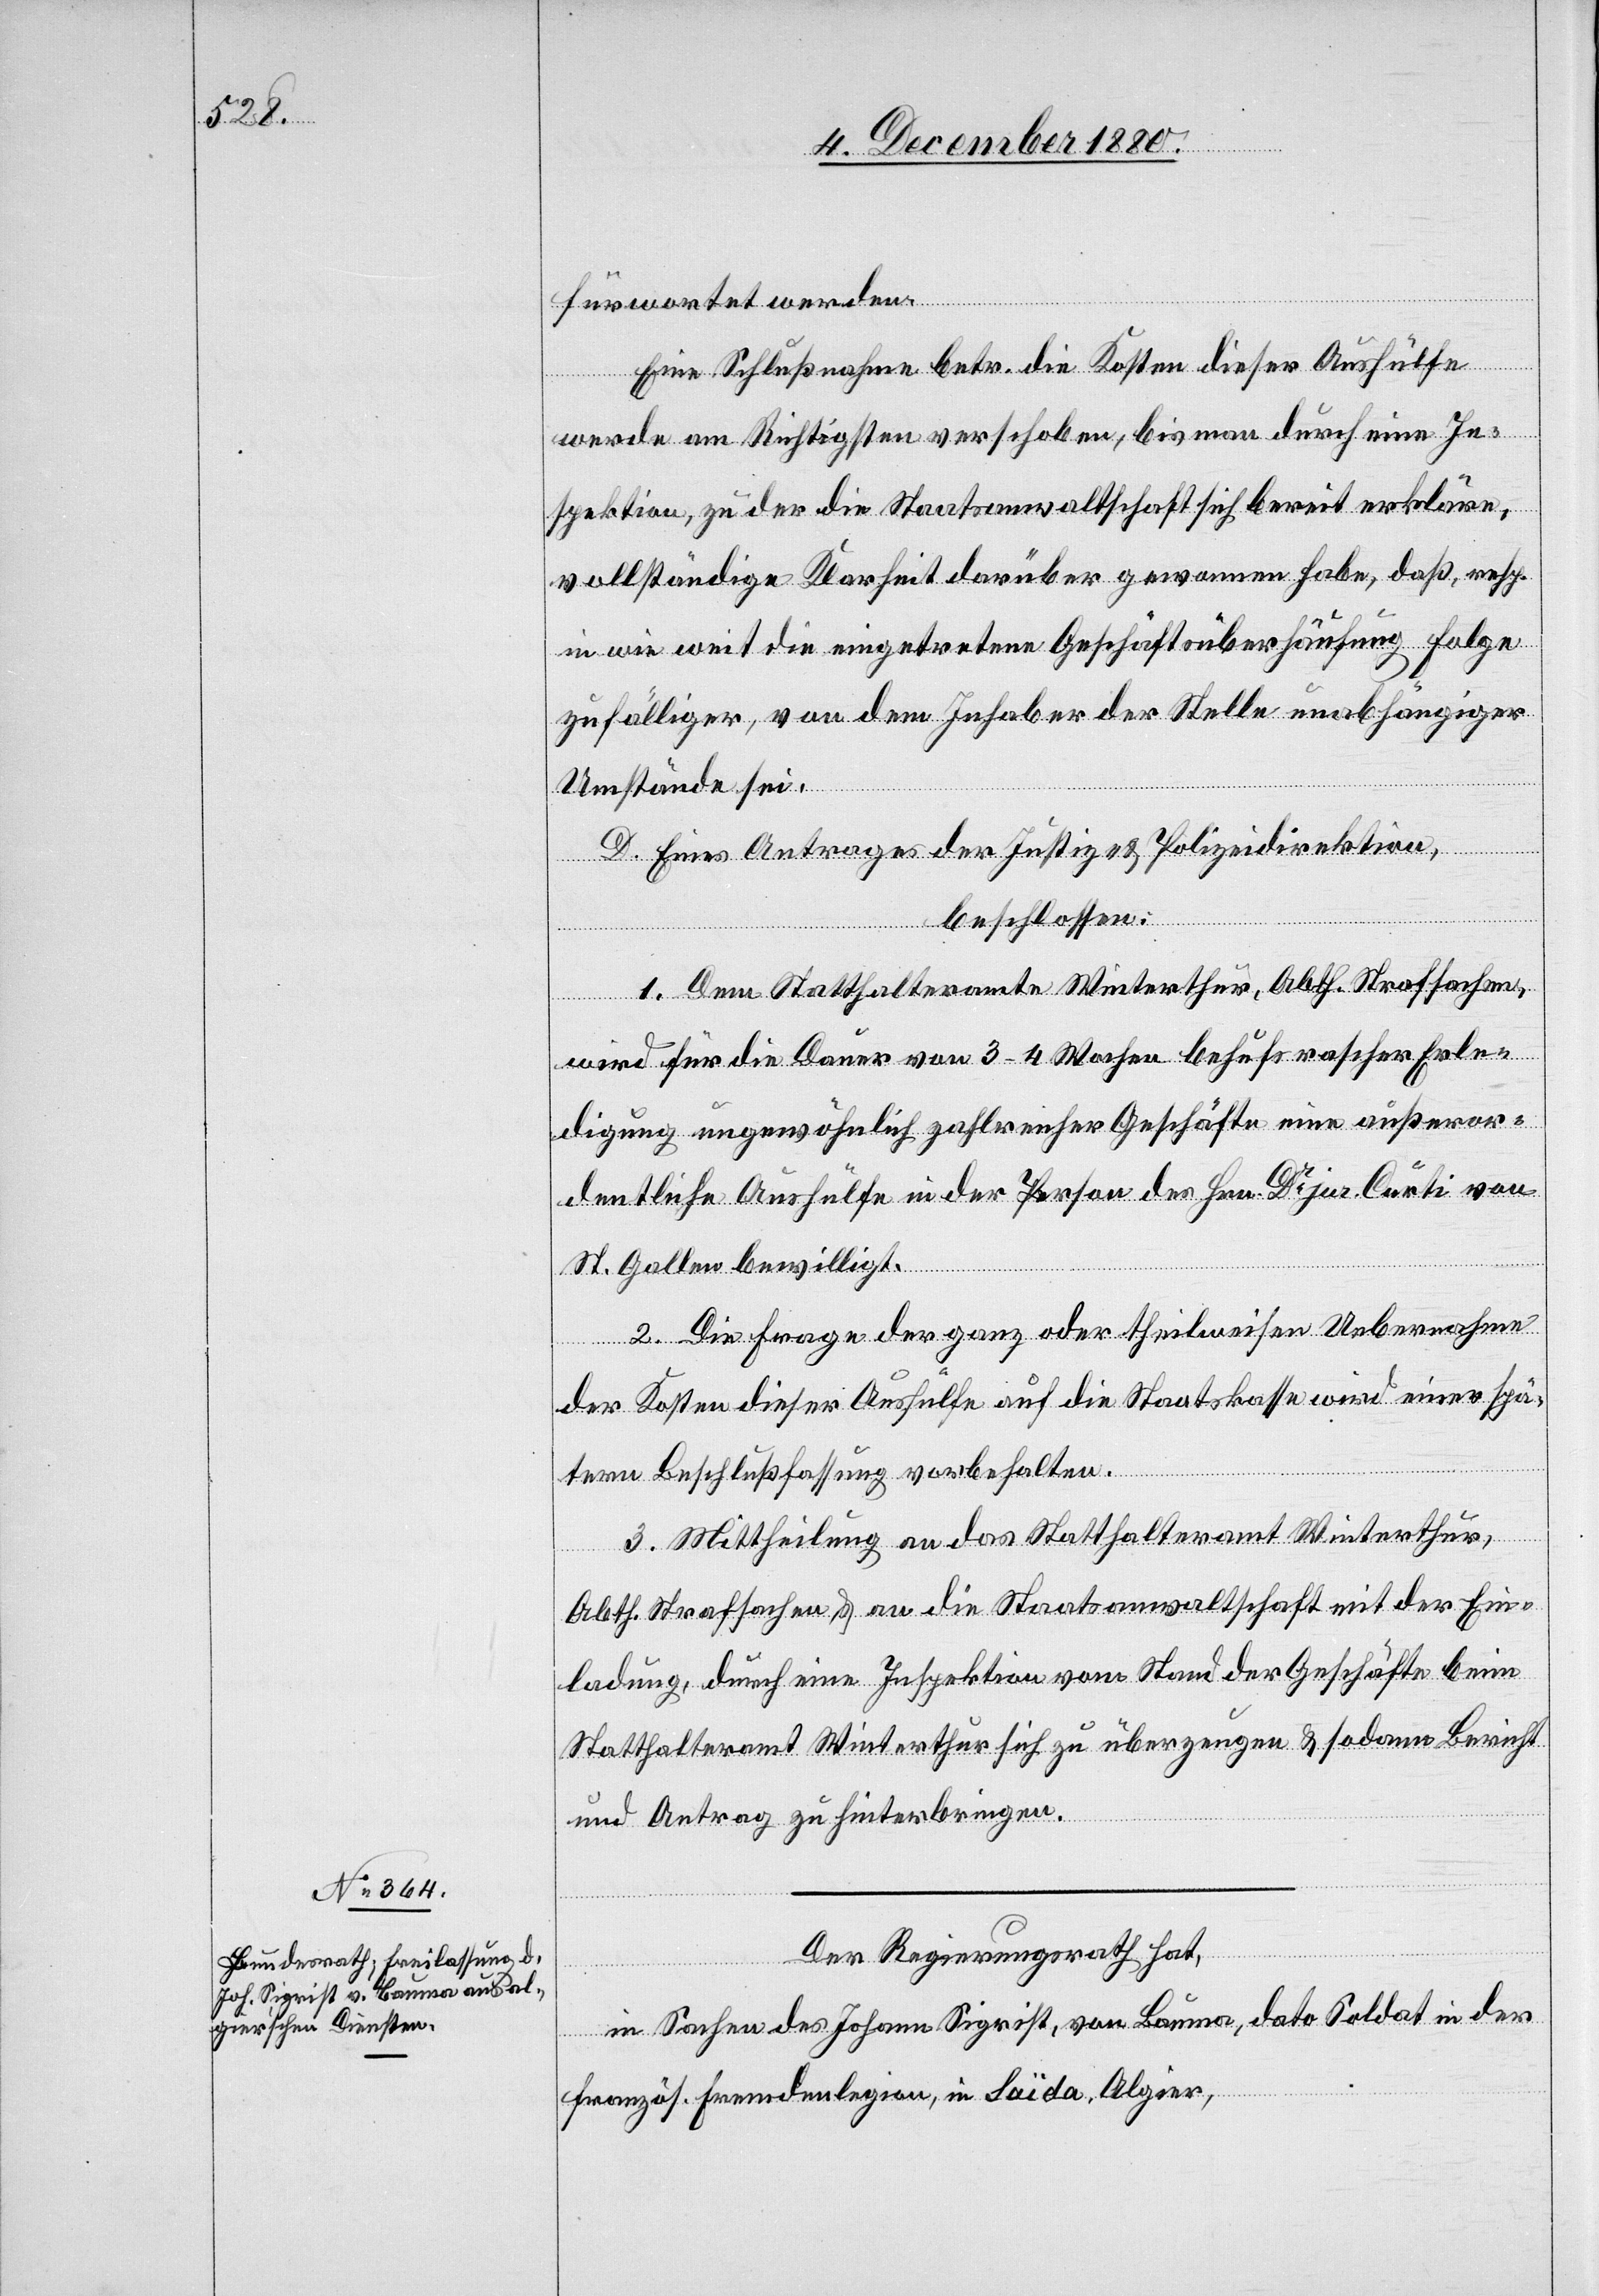
fürwortet werden.
Eine Schlußnahme betr. die Kosten dieser Aushülfe
werde am Richtigsten verschoben, bis man durch eine In¬
spektion, zu der die Staatsanwaltschaft sich bereit erkläre,
vollständige Klarheit darüber gewonnen habe, daß, resp.
in wie weit die eingetretene Geschäftsüberhäufung Folge
zufälliger, von dem Inhaber der Stelle unabhängiger
Umstände sei.
D.
Eines Antrages der Justiz- & Polizeidirektion,
beschlossen:
1. Dem Statthalteramte Winterthur, Abth. Strafsachen
wird für die Dauer von 3–4 Wochen behufs rascher Erle¬
digung ungewöhnlich zahlreicher Geschäfte eine außeror¬
dentliche Aushülfe in der Person des Hrn. Dr jur. Curti von
St. Gallen bewilligt.
2. Die Frage der ganz oder theilweisen Uebernahme
der Kosten dieser Aushülfe auf die Staatskasse wird einer spä¬
tern Beschlußfassung vorbehalten.
3. Mittheilung an das Statthalteramt Winterthur,
Abth. Strafsachen & an die Staatsanwaltschaft mit der Ein¬
ladung, durch eine Inspektion vom Stand der Geschäfte beim
Statthalteramt Winterthur sich zu überzeugen & sodann Bericht
und Antrag zu hinterbringen.
Der Regierungsrath hat,
in Sachen des Johann Sigrist, von Bauma, dato Soldat in der
französ. Fremdenlegion, in Saïda, Algier,